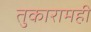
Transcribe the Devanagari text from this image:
तुकारामही